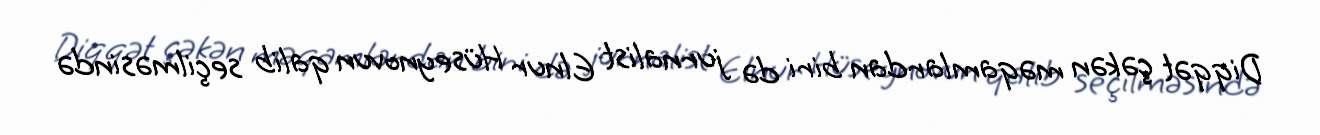
Diqqət çəkən məqamlardan biri də jurnalist Elnur Hüseynovun qalib seçilməsində